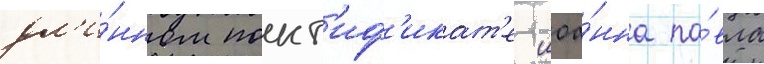
дл'и́нном понт'иф'икат'е иоа́нна па́вла